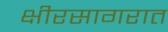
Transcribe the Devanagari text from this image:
क्षीरसागरात